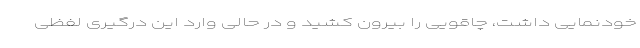
خودنمایی داشت، چاقویی را بیرون کشید و در حالی وارد این درگیری لفظی